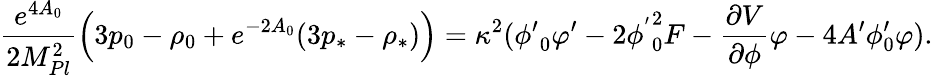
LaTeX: \frac{e^{4A_{0}}}{2M_{Pl}^{2}}\left(3p_{0}-\rho_{0}+e^{-2A_{0}}(3p_{*}-\rho_{*})\right)=\kappa^{2}({\phi^{\prime}}_{0}\varphi^{\prime}-2{\phi^{'}}_{0}^{2}F-\frac{\partial V}{\partial\phi}\varphi-4A^{\prime}\phi_{0}^{\prime}\varphi).